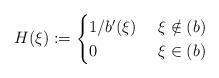
LaTeX: \begin{align*} H(\xi):=\begin{cases}1/b'(\xi)&\ \xi \notin (b)\\ 0 &\ \xi \in (b) \end{cases}\end{align*}